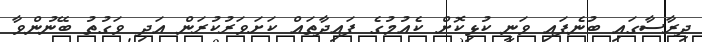
ދިރާސާގައި ބުނެފައި ވަނީ ކުޅިކޮށް ކެއުމުގެ ފައިދާތައް ކަށަވަރުކުރަން އަދި ވަގުތު ބޭނުންވާ